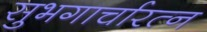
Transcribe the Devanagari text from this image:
सुभगार्चारत्न